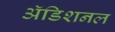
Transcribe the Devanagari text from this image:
अॅडिशनल